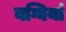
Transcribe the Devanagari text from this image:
बग्घियां